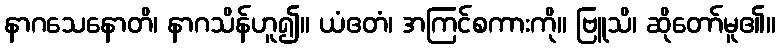
နာဂသေနောတိ၊ နာဂသိန်ဟူ၍။ ယံဧတံ၊ အကြင်စကားကို။ ဗြူသိ၊ ဆိုတော်မူ၏။